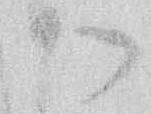
御